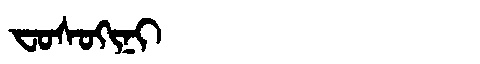
Manchu: ᠸᠣᠰᠣᡴᡳᠨᡳ
Romanization: FOSOKINI